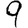
Digit: 9